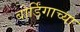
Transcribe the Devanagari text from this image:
बोर्डिंगाच्या